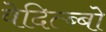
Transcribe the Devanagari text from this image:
वेदित्ब्बो